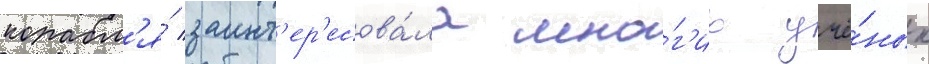
корабл'я́ заинт'ер'есова́ла мно́г'их учё́ных